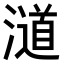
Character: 𣿪